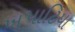
ખપાટિયા